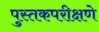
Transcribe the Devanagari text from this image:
पुस्तकपरीक्षणे